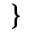
\}